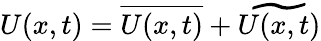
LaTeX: U(x,t)=\overline{{U(x,t)}}+\widetilde{U(x,t)}